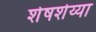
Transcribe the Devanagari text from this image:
शेषशेय्या